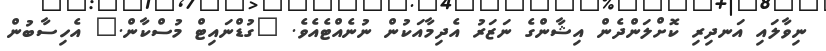
ނިވާލައި އަނދިރި ކޮށްލަންދެން އިޝާންގެ ނަޒަރު އެދިމާއަކުން ނުނެއްޓެއެވެ. "ގުޑްނައިޓް މުސްކާން." އެހިސާބުން